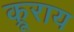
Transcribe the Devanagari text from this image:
क्रूराय